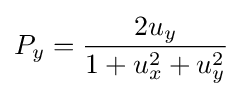
P_{y}={2u_{y} \over 1+u_{x}^{2}+u_{y}^{2}}